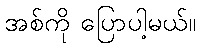
အစ်ကို ပြောပါ့မယ်။